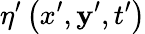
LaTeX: \eta^{\prime}\left(x^{\prime},\mathbf{y}^{\prime},t^{\prime}\right)